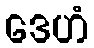
ဒေဟံ